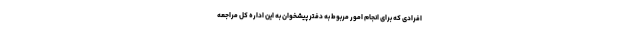
افرادی که برای انجام امور مربوط به دفتر پیشخوان به این اداره کل مراجعه